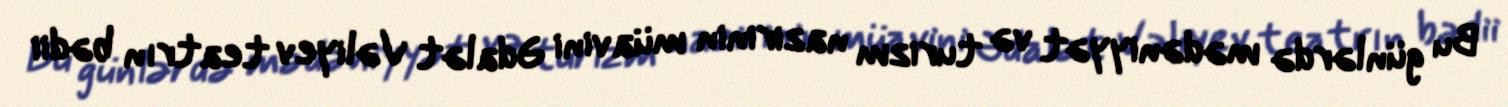
Bu günlərdə mədəniyyət və turizm nazirinin müavini Ədalət Vəliyev teatrın bədii